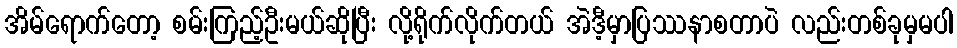
အိမ်ရောက်တော့ စမ်းကြည့်ဦးမယ်ဆိုပြီး လို့ရိုက်လိုက်တယ် အဲဒီ့မှာပြဿနာစတာပဲ လည်းတစ်ခုမှမပါ